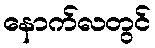
နောက်လတွင်